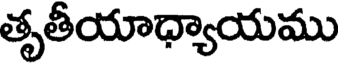
తృతీయాధ్యాయము